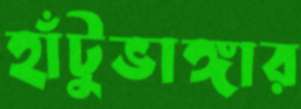
হাঁটুভাঙ্গার